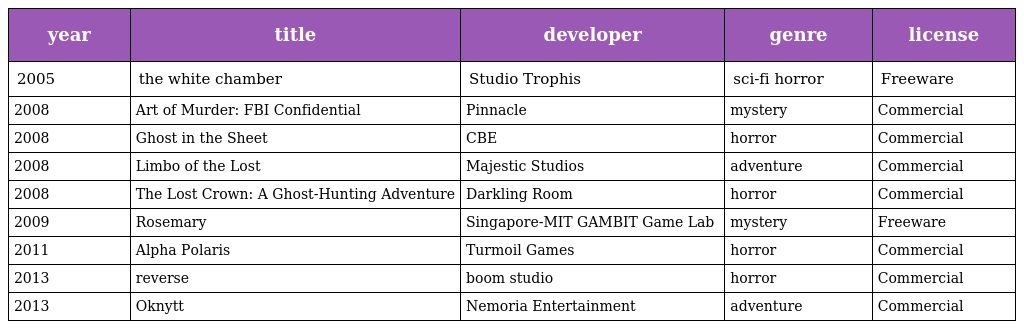
| year | title | developer | genre | license |
 | --- | --- | --- | --- | --- |
 | 2005 | the white chamber | Studio Trophis | sci-fi horror | Freeware |
 | 2008 | Art of Murder: FBI Confidential | Pinnacle | mystery | Commercial |
 | 2008 | Ghost in the Sheet | CBE | horror | Commercial |
 | 2008 | Limbo of the Lost | Majestic Studios | adventure | Commercial |
 | 2008 | The Lost Crown: A Ghost-Hunting Adventure | Darkling Room | horror | Commercial |
 | 2009 | Rosemary | Singapore-MIT GAMBIT Game Lab | mystery | Freeware |
 | 2011 | Alpha Polaris | Turmoil Games | horror | Commercial |
 | 2013 | reverse | boom studio | horror | Commercial |
 | 2013 | Oknytt | Nemoria Entertainment | adventure | Commercial |